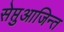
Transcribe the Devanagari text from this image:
सेप्तुआजिन्त